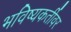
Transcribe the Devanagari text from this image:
भविष्यकर्तीवर